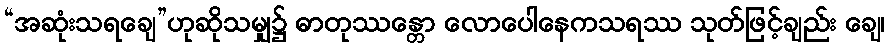
“အဆုံးသရချေ”ဟုဆိုသမျှ၌ ဓာတုဿန္တော လောပေါနေကသရဿ သုတ်ဖြင့်ချည်း ချေ၊